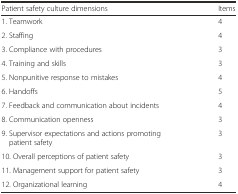
<table><thead><tr><td><b>Patient safety culture dimensions</b></td><td><b>Items</b></td></tr></thead><tbody><tr><td>1. Teamwork</td><td>4</td></tr><tr><td>2. Staffing</td><td>4</td></tr><tr><td>3. Compliance with procedures</td><td>3</td></tr><tr><td>4. Training and skills</td><td>3</td></tr><tr><td>5. Nonpunitive response to mistakes</td><td>4</td></tr><tr><td>6. Handoffs</td><td>5</td></tr><tr><td>7. Feedback and communication about incidents</td><td>4</td></tr><tr><td>8. Communication openness</td><td>3</td></tr><tr><td>9. Supervisor expectations and actions promoting patient safety</td><td>3</td></tr><tr><td>10. Overall perceptions of patient safety</td><td>3</td></tr><tr><td>11. Management support for patient safety</td><td>3</td></tr><tr><td>12. Organizational learning</td><td>4</td></tr></tbody></table>